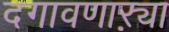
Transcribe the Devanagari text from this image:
दगावणाऱ्या